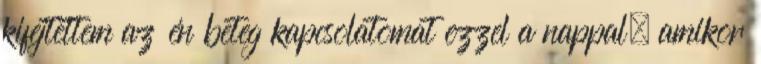
kifejtettem az én beteg kapcsolatomat ezzel a nappal, amikor